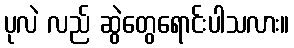
ပုလဲ လည် ဆွဲတွေရောင်းပါသလား။